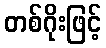
တစ်ဂိုးဖြင့်